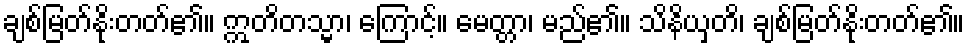
ချစ်မြတ်နိုးတတ်၏။ ဣတိတသ္မာ၊ ကြောင့်။ မေတ္တာ၊ မည်၏။ သိနိယှတိ၊ ချစ်မြတ်နိုးတတ်၏။